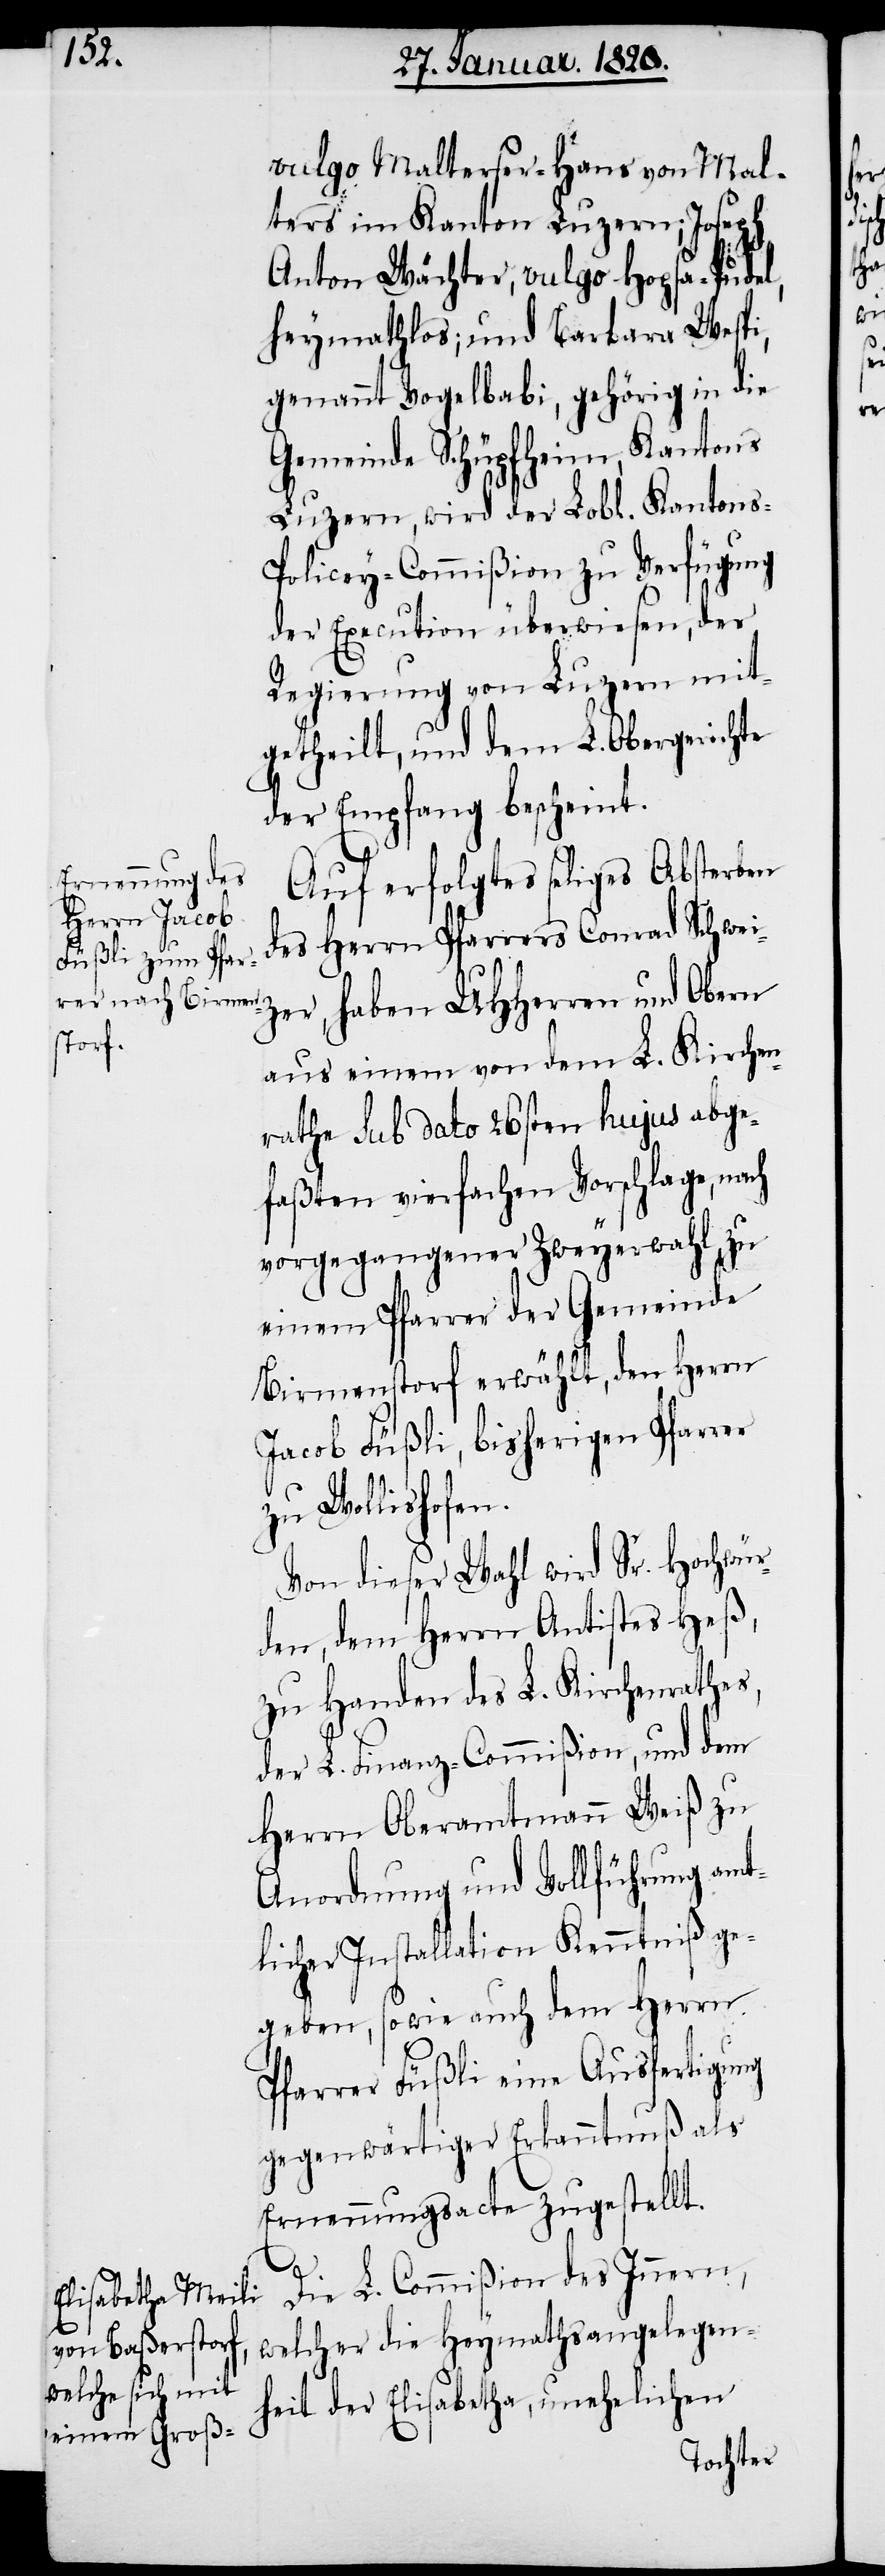
vulgo Malterser-Hans von Mal¬
ters im Kanton Luzern; Joseph
Anton Wächter, vulgo Hopfa-Pudel,
heymathlos; und Barbara Wespi,
genannt Vogelbabi, gehörig in die
Gemeinde Schüpfheim, Kantons
Luzern, wird der Lobl. Kantons-P¬
olicey-Commißion zu Verfügung
der Execution überwiesen, der
Regierung von Luzern mit¬
getheilt, und dem L. Obergerichte
der Empfang bescheint.
Auf erfolgtes seliges Absterben
des Herrn Pfarrers Conrad Schwei¬
zer, haben UHHerren und Obern
aus einem von dem L. Kirchen¬
rathe sub dato 26sten hujus abge¬
faßten vierfachen Vorschlage, nach
vorgegangener Zweyerwahl, zu
einem Pfarrer der Gemeinde
Birmenstorf erwählt, den Herrn
Jacob Füßli, bisherigen Pfarrer
zu Wollishofen.
Von dieser Wahl wird Sr. Hochwür¬
den, dem Herrn Antistes Heß,
zu Handen des L. Kirchenrathes,
der L. Finanz-Commißion, und dem
Herrn Oberamtmann Weiß zu
Anordnung und Vollführung amt¬
licher Installation Kenntniß ge¬
geben, sowie auch dem Herrn
Pfarrer Füßli eine Ausfertigung
gegenwärtiger Erkanntnuß als
Ernennungsacte zugestellt.
Die L. Commißion des Innern,
welcher die Heymathsangelegen¬
heit der Elisabetha, unehelichen